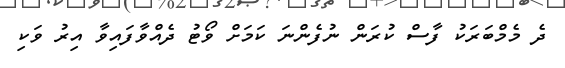
ދެ މެމްބަރަކު ފާސް ކުރަން ނުފެންނަ ކަމަށް ވޯޓު ދެއްވާފައިވާ އިރު ވަކި